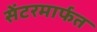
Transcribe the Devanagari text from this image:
सेंटरमार्फत